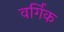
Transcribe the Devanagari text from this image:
वर्गिक